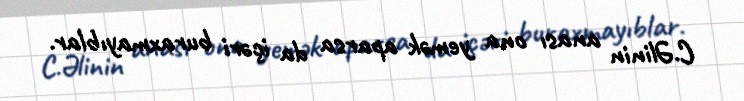
C.Əlinin anası ona yemək aparsa da içəri buraxmayıblar.